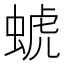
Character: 䗂